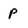
Character: P